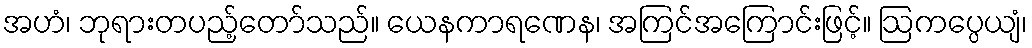
အဟံ၊ ဘုရားတပည့်တော်သည်။ ယေနကာရဏေန၊ အကြင်အကြောင်းဖြင့်။ ဩကပ္ပေယျံ၊